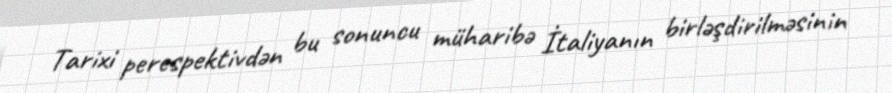
Tarixi perespektivdən bu sonuncu müharibə İtaliyanın birləşdirilməsinin